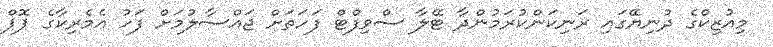
މިއުޒިކްގެ ދުނިޔޭގައި ރަނިކަންކުރަމުންދާ ޓޭލާ ސްވިފްޓް ފަހަތަށް ޖައްސާލުމަށް ފަހު އެމެރިކާގެ ޕޮޕް